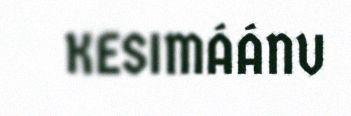
KESIMÁÁNU